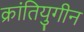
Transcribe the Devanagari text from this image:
क्रांतियुगीन